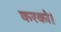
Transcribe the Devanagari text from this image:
करको।